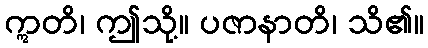
ဣတိ၊ ဤသို့။ ပဇာနာတိ၊ သိ၏။